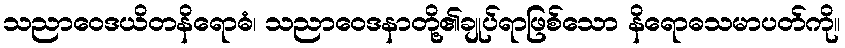
သညာဝေဒယိတနိရောဓံ၊ သညာဝေဒနာတို့၏ချုပ်ရာဖြစ်သော နိရောဓသမာပတ်ကို။